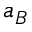
a _ { B }